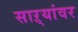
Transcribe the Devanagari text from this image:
साऱ्यांवर